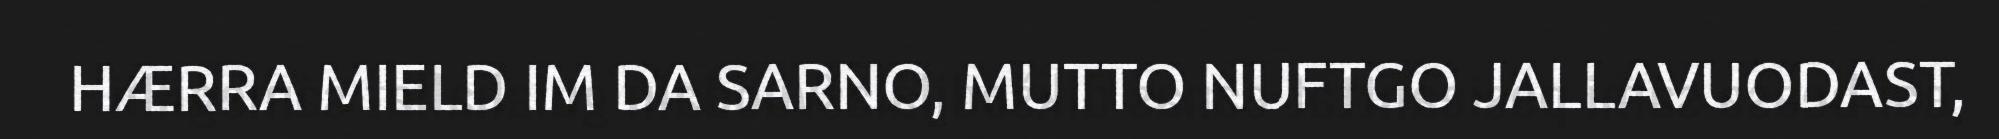
HÆRRA MIELD IM DA SARNO, MUTTO NUFTGO JALLAVUODAST,